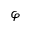
\varphi